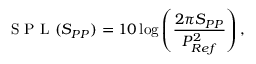
\mathrm { ~ S ~ P ~ L ~ } ( S _ { P P } ) = 1 0 \log \left( \frac { 2 \pi S _ { P P } } { P _ { R e f } ^ { 2 } } \right) ,